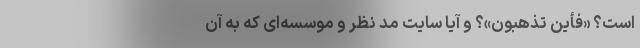
است؟ «فَأَیْنَ تَذْهَبُونَ»؟ و آیا سایت مد نظر و موسسه‌ای که به آن